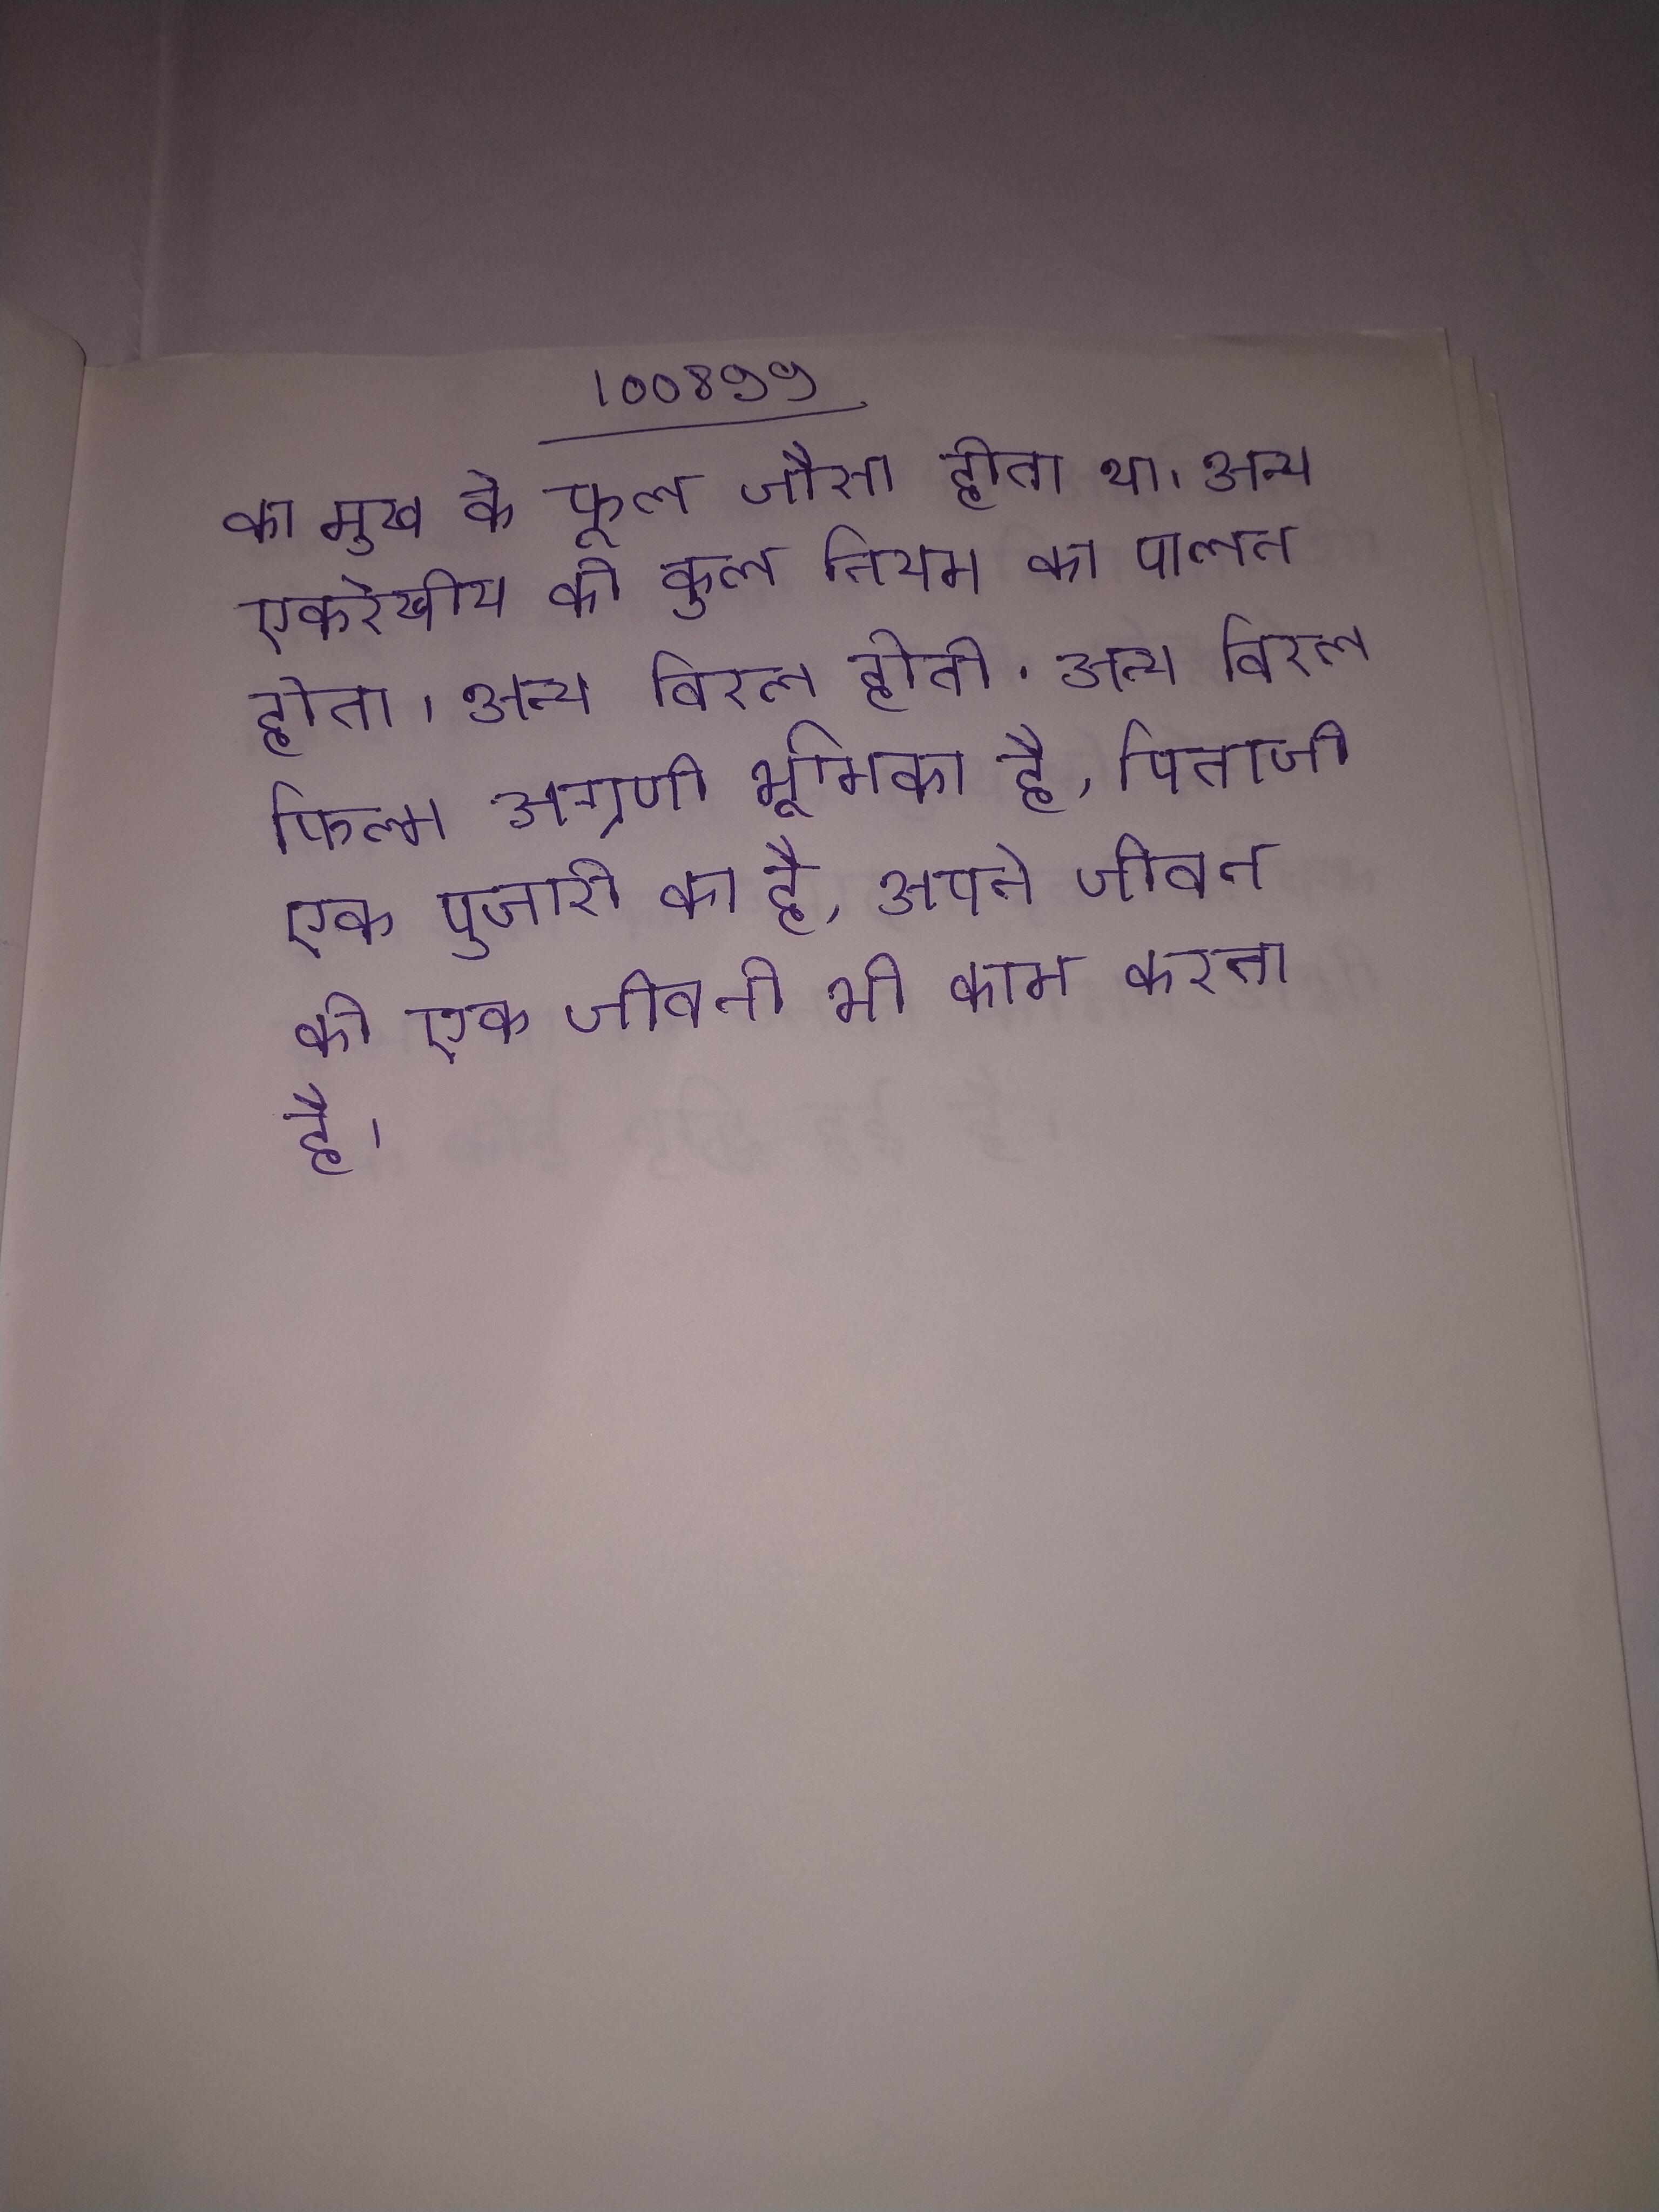
का मुख के फूल जैसा होता था । अन्य एकरेखीय की कुल भी बहिर्विवाह के नियम का पालन होता । अन्य विरल होती . अन्य फिल्म अग्रणी भूमिका है, पिताजी एक पुजारी का है, अपने जीवन की एक जीवनी भी काम करता है ।